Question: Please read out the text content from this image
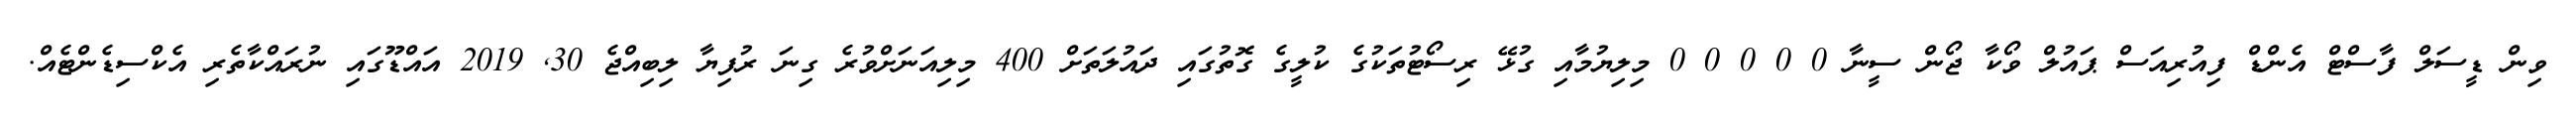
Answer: ވިން ޑީސަލް ފާސްޓް އެންޑް ފިއުރިއަސް ޕައުލް ވޯކާ ޖޯން ސީނާ 0 0 0 0 0 މިލިޔުމާއި ގުޅޭ ރިސޯޓުތަކުގެ ކުލީގެ ގޮތުގައި ދައުލަތަށް 400 މިލިއަނަށްވުރެ ގިނަ ރުފިޔާ ލިބިއްޖެ 30, 2019 އައްޑޫގައި ނުރައްކާތެރި އެކްސިޑެންޓެއް.